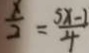
\frac { x } { 2 } = \frac { 5 x - 1 } { 4 }